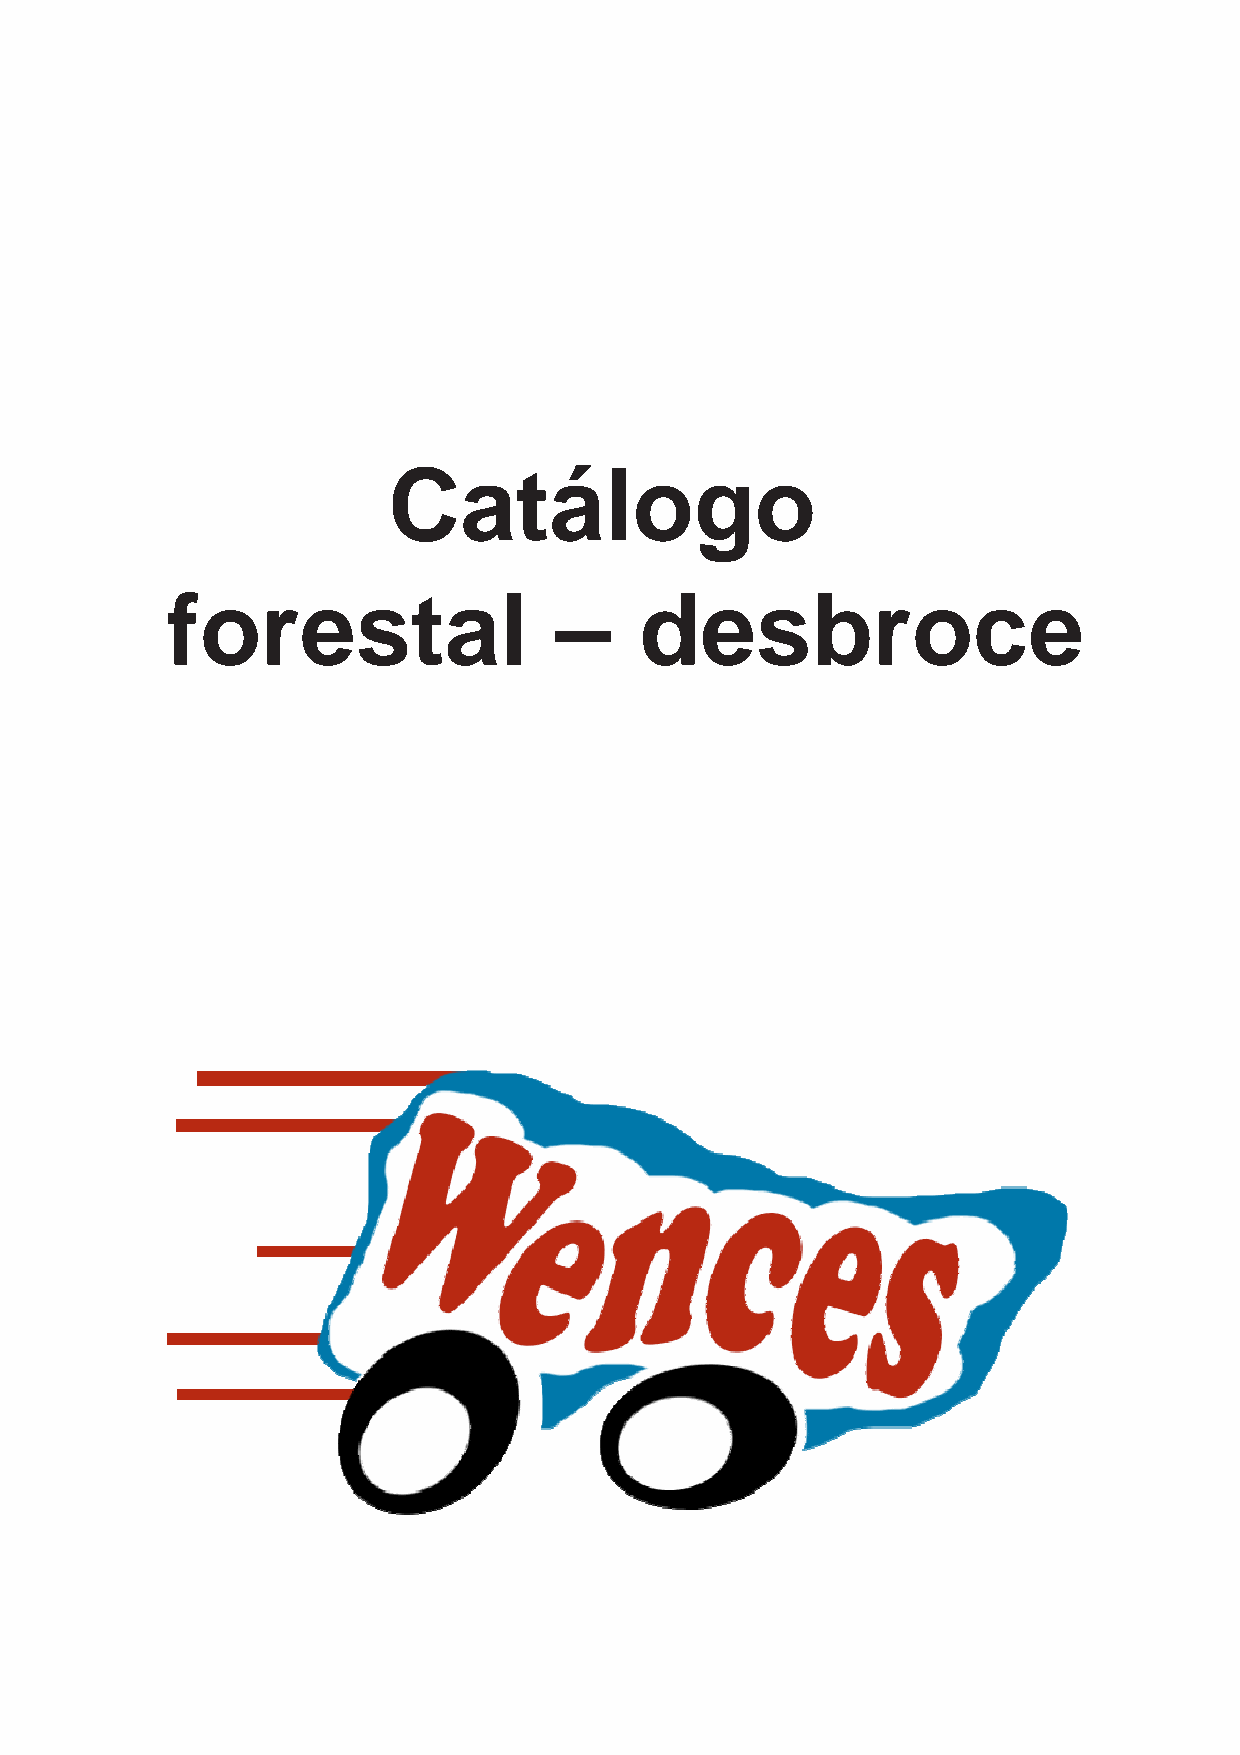
Catálogo
 forestal                  –    desbroce